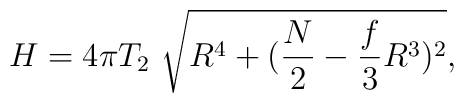
H=4\pi T_2 \ \sqrt{R^4+(\frac{N}{2}-\frac{f}{3}R^3)^2},